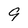
Character: 9